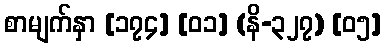
စာမျက်နှာ [၁၇၄] [၀၁] (နိ-၃၂၇) [၀၅]